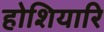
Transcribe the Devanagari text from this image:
होशियारि